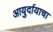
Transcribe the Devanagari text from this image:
आयुर्दायाचा